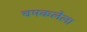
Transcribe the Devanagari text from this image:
चमकलेला